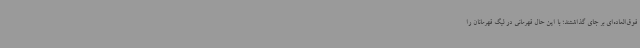
فوق‌العاده‌ای بر جای گذاشتند؛ با این حال قهرمانی در لیگ قهرمانان را